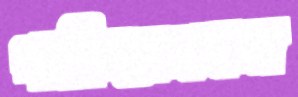
পাকিস্তানমনা